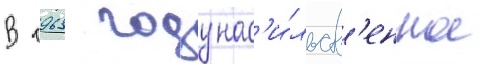
В 1963 году нас'и́льств'енное